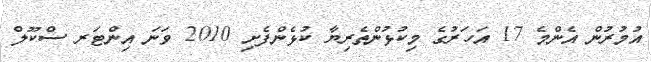
އުމުރުން އެންމެ 17 އަހަރުގެ މިކުޅުންތެރިޔާ ކުޅެންފެށި 2010 ވަނަ އިންޓަރ ސްކޫލް